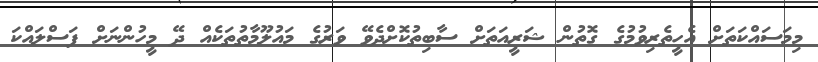
މިމަސައްކަތަށް އެހީތެރިވުމުގެ ގޮތުން ޝަރީއަތަށް ސާބިތުކޮށްދެވޭ ވަރުގެ މައުލޫމާތުތަކެއް ދޭ މީހުންނަށް ފަސްލައްކަ